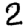
Digit: 2